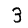
Digit: 3